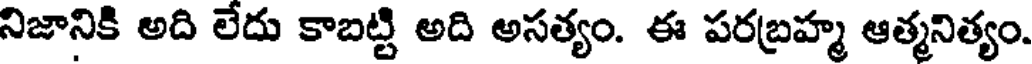
నిజానికి అది లేదు కాబట్టి అది అసత్యం. ఈ పరబ్రహ్మ ఆత్మనిత్యం.